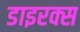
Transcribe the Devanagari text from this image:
डाइरक्स